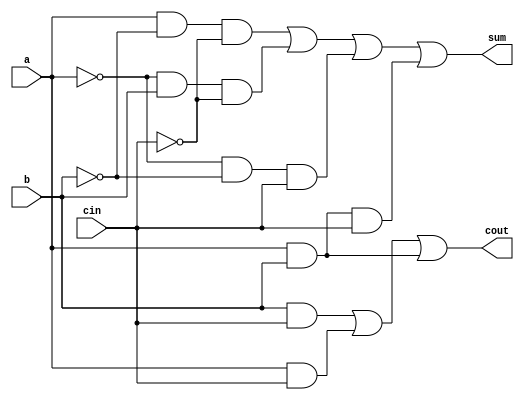
module adder_1b(a,b,cin,cout,sum);
	input a, b, cin;
	output cout, sum;
	
	/** Clculo do CarryOut **/
	//CarryOut = (b.CarryIn) + (a.CarryIn) + (b.a)
	wire and_cout1_out, and_cout2_out, and_cout3_out;
	and and_cout1	(and_cout1_out, b, cin);
	and and_cout2	(and_cout2_out, a, cin);
	and and_cout3	(and_cout3_out, a, b);
	
	or cout_or (cout, and_cout1_out, and_cout2_out, and_cout3_out);
	
	/** Clculo da soma **/
	//Sum = (a.-b.-CarryIn) + (-a.b.-CarryIn) + (-a.-b.CarryIn) + (a.b.CarryIn)
	wire and_sum1_out, and_sum2_out, and_sum3_out, and_sum4_out;
	wire not_a_out, not_b_out, not_cin_out;
	
	not not_a (not_a_out, a);
	not not_b (not_b_out, b);
	not not_cin (not_cin_out, cin);
	
	and and_sum1 (and_sum1_out, a, not_b_out, not_cin_out);
	and and_sum2 (and_sum2_out, not_a_out, b, not_cin_out);
	and and_sum3 (and_sum3_out, not_a_out, not_b_out, cin);
	and and_sum4 (and_sum4_out, a, b, cin);
	
	or big_or (sum, and_sum1_out, and_sum2_out, and_sum3_out, and_sum4_out);
	//
	
	
endmodule